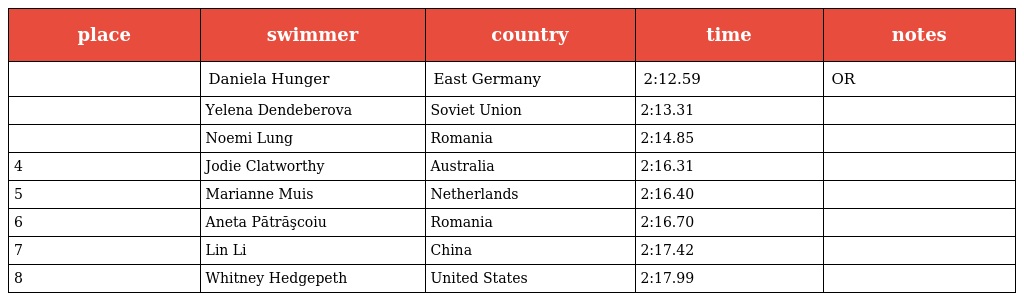
| place | swimmer | country | time | notes |
 | --- | --- | --- | --- | --- |
 |  | Daniela Hunger | East Germany | 2:12.59 | OR |
 |  | Yelena Dendeberova | Soviet Union | 2:13.31 |  |
 |  | Noemi Lung | Romania | 2:14.85 |  |
 | 4 | Jodie Clatworthy | Australia | 2:16.31 |  |
 | 5 | Marianne Muis | Netherlands | 2:16.40 |  |
 | 6 | Aneta Pătrăşcoiu | Romania | 2:16.70 |  |
 | 7 | Lin Li | China | 2:17.42 |  |
 | 8 | Whitney Hedgepeth | United States | 2:17.99 |  |